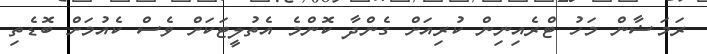
ރަމަޟާން މަހު ޓްރެއިނިން ކުރިއަށް ގެންދާ ކޮންމެ އެތުލީޓަކަށް ވެސް ކެއުމަށް ބޮޑެތި